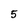
Character: 5